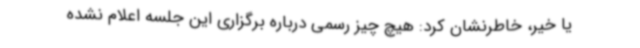
یا خیر، خاطرنشان کرد: هیچ چیز رسمی درباره برگزاری این جلسه اعلام نشده